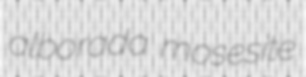
alborada mosesite